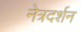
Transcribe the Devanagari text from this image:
नेत्रदर्शन